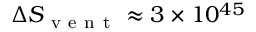
\Delta S _ { \mathrm { ~ v ~ e ~ n ~ t ~ } } \approx 3 \times 1 0 ^ { 4 5 }